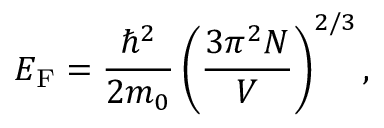
E _ { \mathrm { F } } = { \frac { \hbar ^ { 2 } } { 2 m _ { 0 } } } \left( { \frac { 3 \pi ^ { 2 } N } { V } } \right) ^ { 2 / 3 } ,